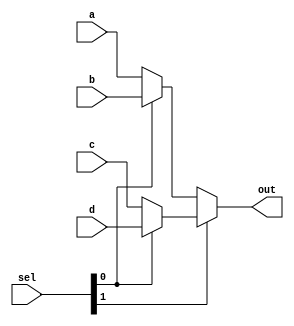
module mux_4to1_assign ( input [31:0] a,                 // 32-bit input called a
                         input [31:0] b,                 // 32-bit input called b
                         input [31:0] c,                 // 32-bit input called c
                         input [31:0] d,                 // 32-bit input called d
                         input [1:0] sel,               // input sel used to select between a,b,c,d
                         output [31:0] out);             // 32-bit output based on input sel
 
   // When sel[1] is 0, (sel[0]? b:a) is selected and when sel[1] is 1, (sel[0] ? d:c) is taken
   // When sel[0] is 0, a is sent to output, else b and when sel[0] is 0, c is sent to output, else d
   assign out = sel[1] ? (sel[0] ? d : c) : (sel[0] ? b : a); 
endmodule